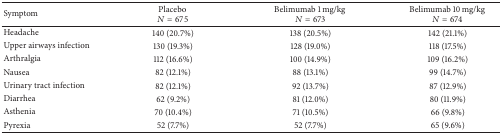
| Symptom | Placebo N = 675 | Belimumab 1 mg/kg N = 673 | Belimumab 10 mg/kg N = 674 |
 | --- | --- | --- | --- |
 | Headache | 140 (20.7%) | 138 (20.5%) | 142 (21.1%) |
 | Upper airways infection | 130 (19.3%) | 128 (19.0%) | 118 (17.5%) |
 | Arthralgia | 112 (16.6%) | 100 (14.9%) | 109 (16.2%) |
 | Nausea | 82 (12.1%) | 88 (13.1%) | 99 (14.7%) |
 | Urinary tract infection | 82 (12.1%) | 92 (13.7%) | 87 (12.9%) |
 | Diarrhea | 62 (9.2%) | 81 (12.0%) | 80 (11.9%) |
 | Asthenia | 70 (10.4%) | 71 (10.5%) | 66 (9.8%) |
 | Pyrexia | 52 (7.7%) | 52 (7.7%) | 65 (9.6%) |